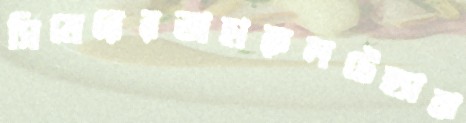
সিমেরেরতাহারুলটেহ্যাঝ